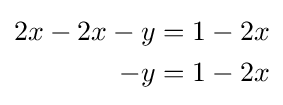
{\begin{aligned}2x-2x-y&=1-2x\\-y&=1-2x\end{aligned}}